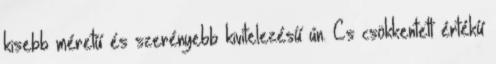
kisebb méretű és szerényebb kivitelezésű ún. Cs csökkentett értékű